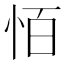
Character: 𪫮